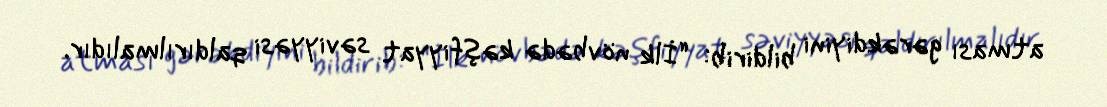
atması gərəkdiyini bildirib: “İlk növbədə kəşfiyyat səviyyəsi qaldırılmalıdır.